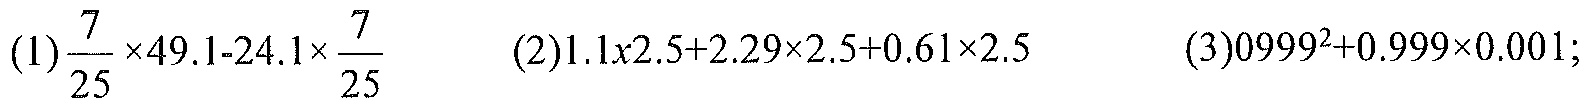
\((1)\frac{7}{25} \times 49.1 - 24.1\times\frac{7}{25}\quad(2)1.1\times2.5 + 2.29\times2.5+0.61\times2.5\quad(3)0.999^{2}+0.999\times0.001;\)